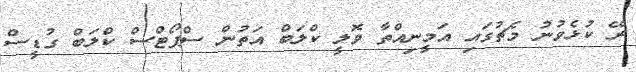
ރޭ ކުޅެވުނު މެޗުގައި އަމީނިއްތާ ވޮލީ ކްލަބް އަތުން ސްޕޯޓްސް ކްލަބް ގުޑީސް